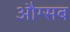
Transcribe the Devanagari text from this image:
औग्सब